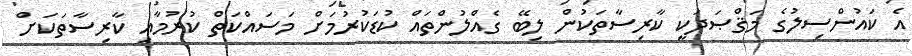
އެ ކައުންސިލުގެ މަޤްޞަދަކީ ކާރިސާތަކުން ލިބޭ ގެއްލުންތައް ކުޑަކުރުމަށް މަސައްކަތް ކުރުމާއި ކާރިސާތަކަށް